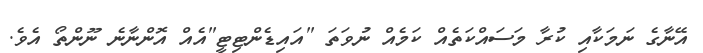
އޭނާގެ ނަމަކާއި ކުރާ މަސައްކަތެއް ކަމެއް ނުވަތަ "އައިޑެންޓިޓީ"އެއް އޮންނާނެ ނޫންތޯ އެވެ.